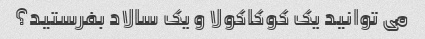
می توانید یک کوکاکولا و یک سالاد بفرستید؟